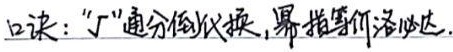
口诀：“$0\cdot\infty$”通分倒代换，幂指驾临洛必达。